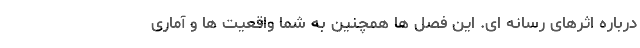
درباره اثرهای رسانه ای. این فصل ها همچنین به شما واقعیت ها و آماری